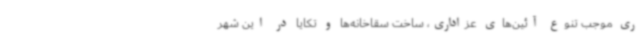
ری موجب تنوع آئین‌های عزاداری، ساخت سقاخانه‌ها و تکایا در این شهر